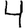
Digit: 4